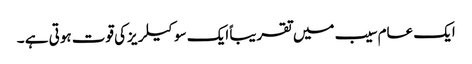
ایک عام سیب میں تقریبا ًایک سو کیلریزکی قوت ہوتی ہے ۔